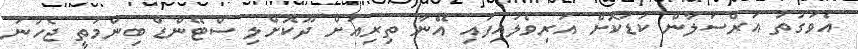
އެވަގުތު އަރްސަލާން ކުޑަކޮށް އަރިވެލައިފައި އޭނާ ތިރިއަށް ދޫކޮށްލި ސްޓޭންޑް ބިންމަތީ ޖެހުނަ